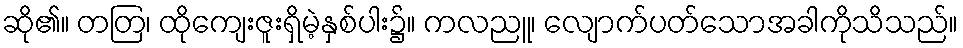
ဆို၏။ တတြ၊ ထိုကျေးဇူးရှိမဲ့နှစ်ပါး၌။ ကလညူ၊ လျောက်ပတ်သောအခါကိုသိသည်။